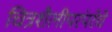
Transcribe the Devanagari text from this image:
चित्रशैलीपरंपरेचे